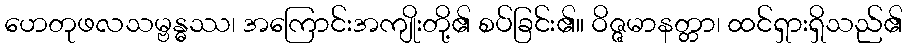
ဟေတုဖလသမ္ဗန္ဓဿ၊ အကြောင်းအကျိုးတို့၏ စပ်ခြင်း၏။ ဝိဇ္ဇမာနတ္တာ၊ ထင်ရှားရှိသည်၏